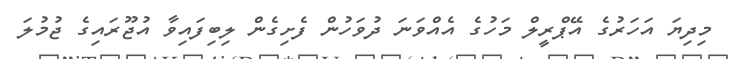
މިދިޔަ އަހަރުގެ އޭޕްރީލް މަހުގެ އެއްވަނަ ދުވަހުން ފެށިގެން ލިބިފައިވާ އުޖޫރައިގެ ޖުމުލަ